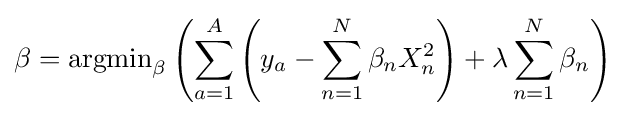
\beta =\operatorname {argmin} \limits _{\beta }\left(\sum _{a=1}^{A}\left(y_{a}-\sum _{n=1}^{N}\beta _{n}X_{n}^{2}\right)+\lambda \sum _{n=1}^{N}\beta _{n}\right)